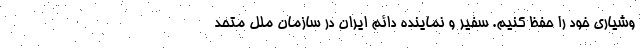
وشیاری خود را حفظ کنیم. سفیر و نماینده دائم ایران در سازمان ملل متحد